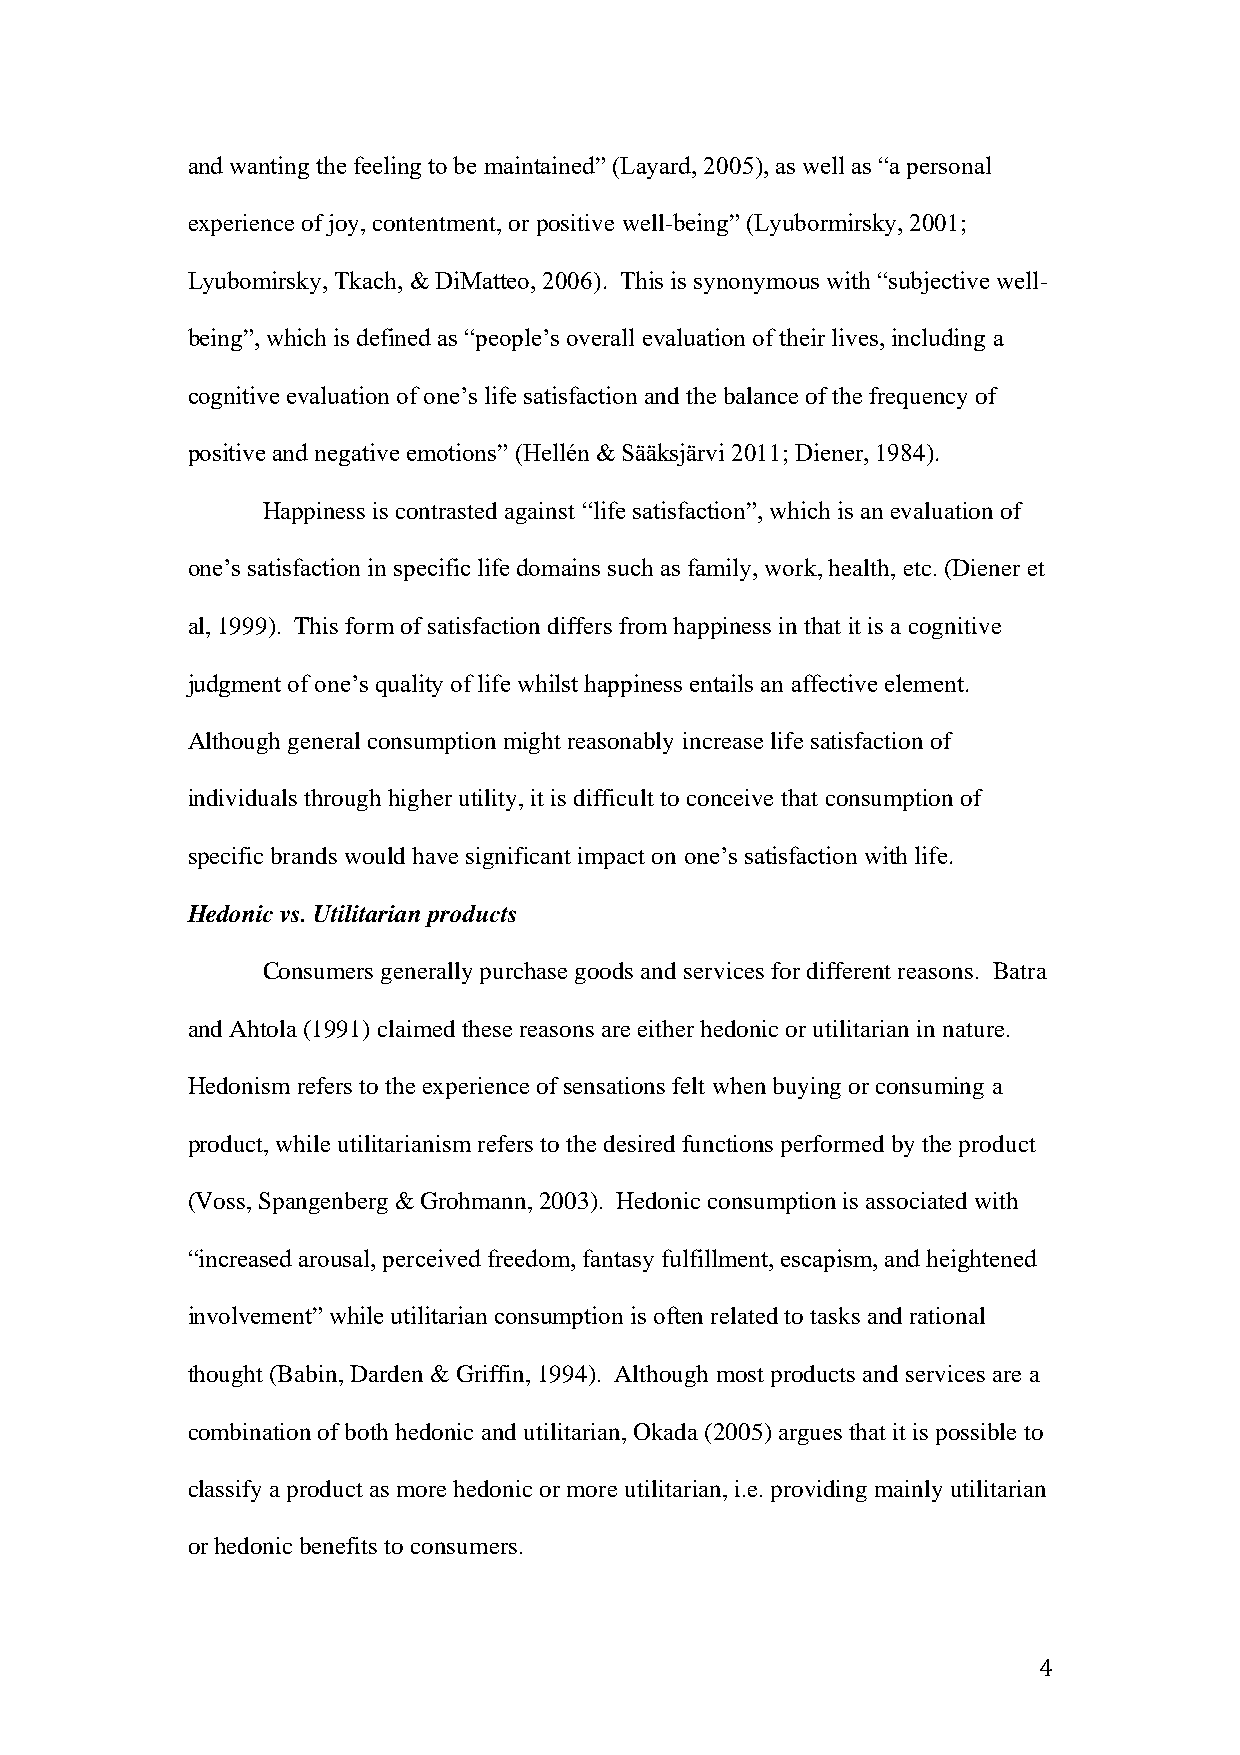
and wanting the feeling to be maintained” (Layard, 2005), as well as “a personal
 experience of joy, contentment, or positive well-being” (Lyubormirsky, 2001;
 Lyubomirsky, Tkach, & DiMatteo, 2006). This is synonymous with “subjective well-
 being”, which is defined as “people’s overall evaluation of their lives, including a
 cognitive evaluation of one’s life satisfaction and the balance of the frequency of
 positive and negative emotions” (Hellén & Sääksjärvi 2011; Diener, 1984).
 Happiness is contrasted against “life satisfaction”, which is an evaluation of
 one’s satisfaction in specific life domains such as family, work, health, etc. (Diener et
 al, 1999). This form of satisfaction differs from happiness in that it is a cognitive
 judgment of one’s quality of life whilst happiness entails an affective element.
 Although general consumption might reasonably increase life satisfaction of
 individuals through higher utility, it is difficult to conceive that consumption of
 specific brands would have significant impact on one’s satisfaction with life.
 Hedonic vs. Utilitarian products
 Consumers generally purchase goods and services for different reasons. Batra
 and Ahtola (1991) claimed these reasons are either hedonic or utilitarian in nature.
 Hedonism refers to the experience of sensations felt when buying or consuming a
 product, while utilitarianism refers to the desired functions performed by the product
 (Voss, Spangenberg & Grohmann, 2003). Hedonic consumption is associated with
 “increased arousal, perceived freedom, fantasy fulfillment, escapism, and heightened
 involvement” while utilitarian consumption is often related to tasks and rational
 thought (Babin, Darden & Griffin, 1994). Although most products and services are a
 combination of both hedonic and utilitarian, Okada (2005) argues that it is possible to
 classify a product as more hedonic or more utilitarian, i.e. providing mainly utilitarian
 or hedonic benefits to consumers.
 4